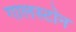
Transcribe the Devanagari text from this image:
गालस्टोन